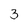
Character: 3